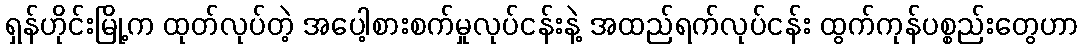
ရှန်ဟိုင်းမြို့က ထုတ်လုပ်တဲ့ အပေါ့စားစက်မှုလုပ်ငန်းနဲ့ အထည်ရက်လုပ်ငန်း ထွက်ကုန်ပစ္စည်းတွေဟာ